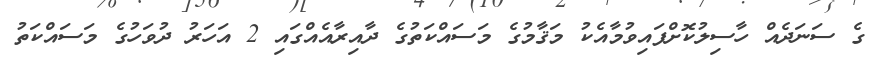
ގެ ސަނަދެއް ހާސިލުކޮށްފައިވުމާއެކު މަޤާމުގެ މަސައްކަތުގެ ދާއިރާއެއްގައި 2 އަހަރު ދުވަހުގެ މަސައްކަތު